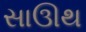
સાઊથ